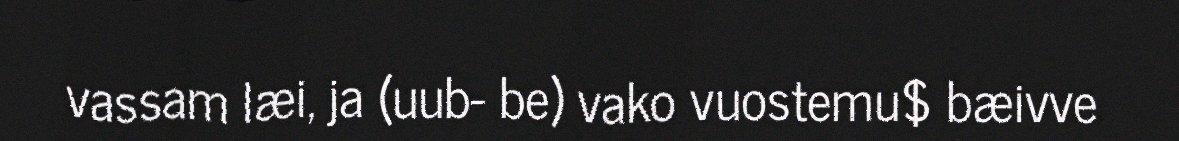
vassam læi, ja (uub- be) vako vuostemu$ bæivve